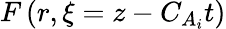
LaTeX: F\left(r,\xi=z-C_{A_{i}}t\right)